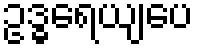
ဥဒ္ဓရေယျပေ